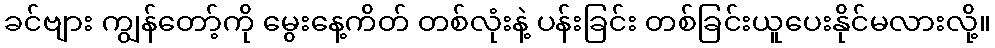
ခင်ဗျား ကျွန်တော့်ကို မွေးနေ့ကိတ် တစ်လုံးနဲ့ ပန်းခြင်း တစ်ခြင်းယူပေးနိုင်မလားလို့။